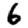
Digit: 6